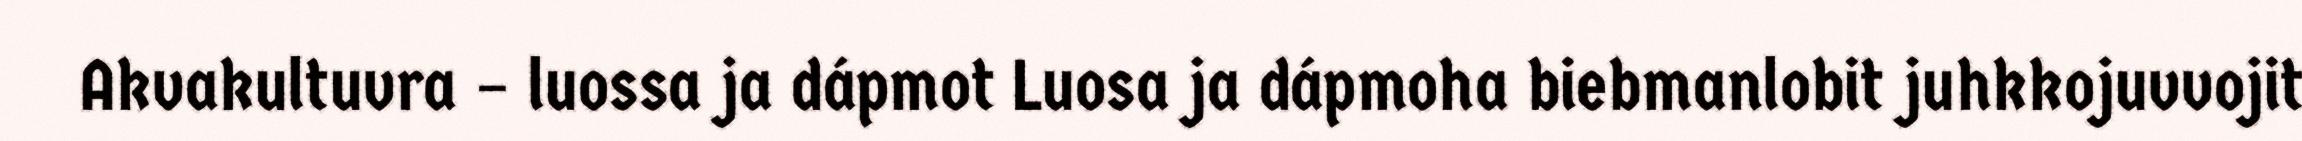
Akvakultuvra – luossa ja dápmot Luosa ja dápmoha biebmanlobit juhkkojuvvojit